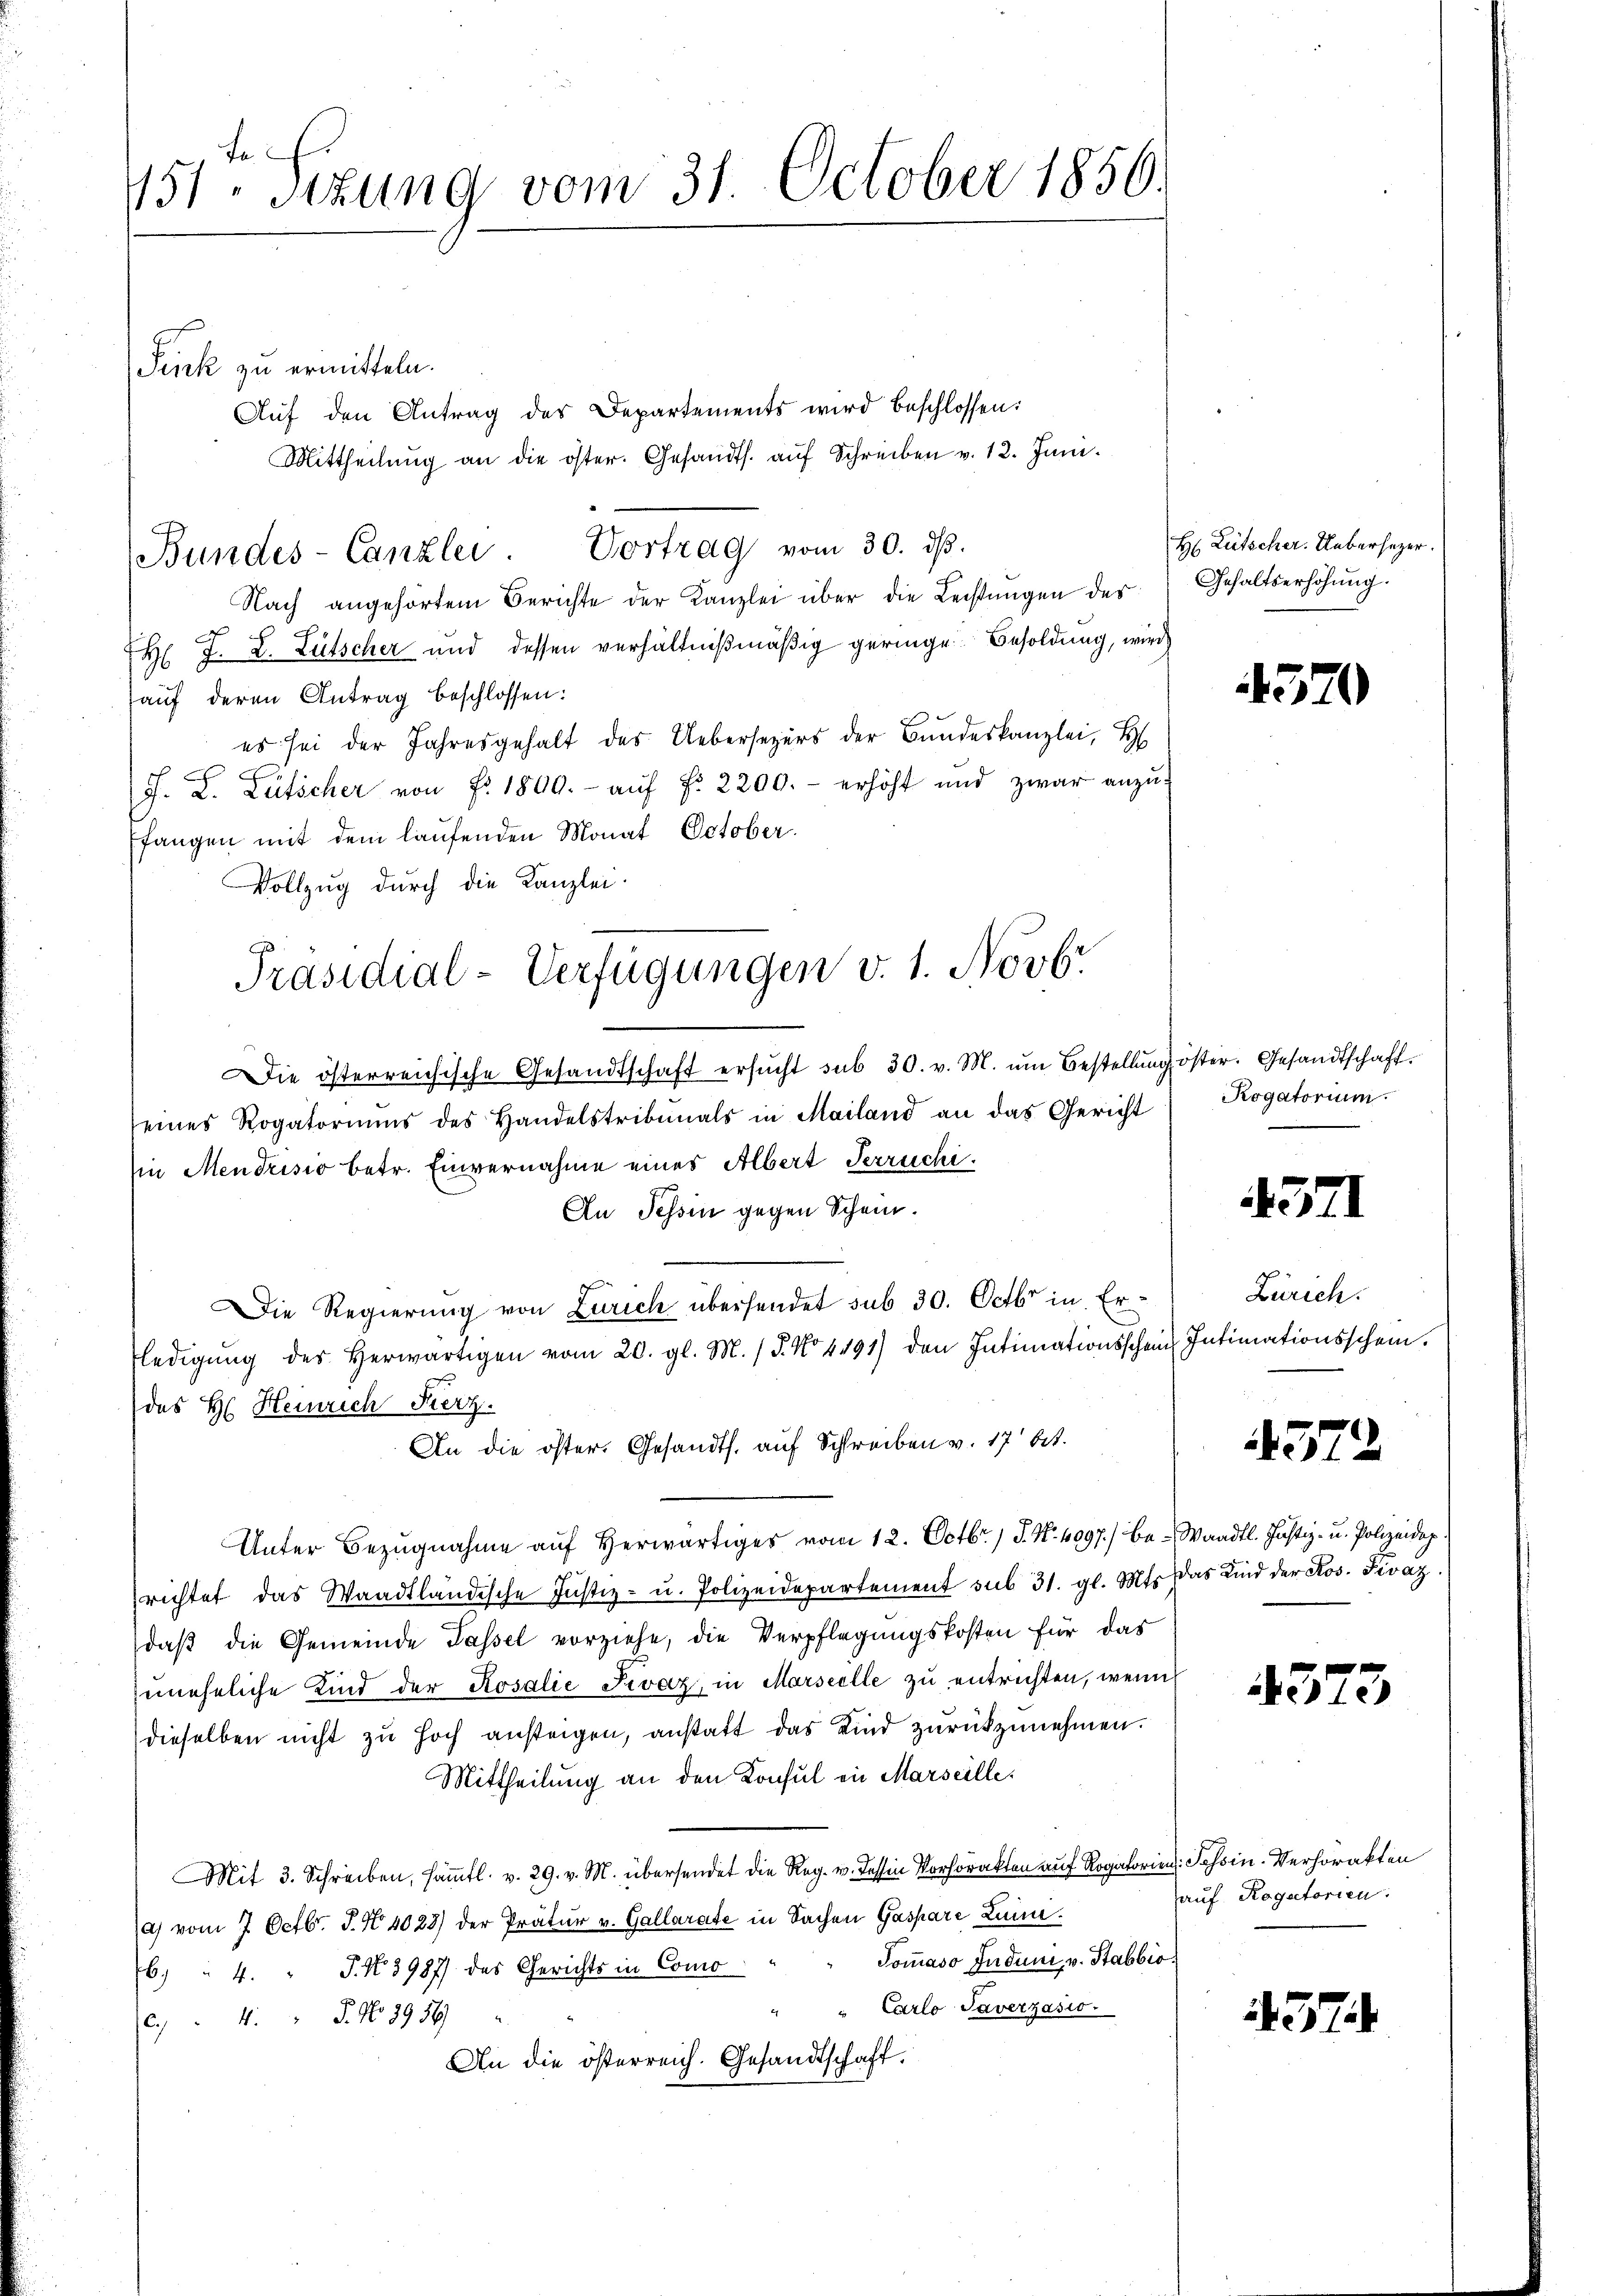
te
751. Sitzung vom 31. October 1850.

Fink zu ermitteln.
Aŭf den Antrag des Departements wird beschlossen:
Mittheilŭng an die öster. Gesandts. aŭf Schreiben v. 12. Juni.
Nach angehörtem Berichte der Kanzlei über die Leistungen des
H. F. L. Lütscher und dessen verhältnißmäßig geringe Besoldung, wird
auf deren Antrag beschlossen:
es sei der Jahresgehalt des Uebersezers der Bŭndeskanzlei, H
F. L. Lüticher von Fr. 1800.- aŭf fr. 2200.- erhöht und zwar anzŭ-
fangen mit dem laufenden Monat October.
Vollzug durch die Kanzlei.
Die österreichische Gesandtschaft ersŭcht sub 30. v. M. ŭm Bestellŭng öster. Gesandtschaft.
seines Rogatoriums des Handelstribunals in Mailand an das Gericht
in Mendrisio betr. Einvernahme eines Albert Terrichi¬
An Tessin gegen Schein.
Die Regierung von Zürich übersendet sub 30. Octbr in Erledigŭng des herwärtigen vom 20. gl. M. / 5. No 1491) den Intimationsschein Intimationsschein.
des H. Heinrich Fierz
An die öster. Gesandts. auf Schreiben v. 17 bet
Unter Bezugnahme auf Herwärtiges vom 12. Octbr., S. Nr. 4097.) berichtet das Waadtländische Justiz- u. Polizeidepartement sub 31. gl. Mts. das Kind der Los. Piváz.
daß die Gemeinde Tassel vorziehe, die Verpflegungskosten für das
uneheliche Kind der Rosalie Fivaz, in Marseelle zu entrichten, wenn
dieselben nicht zŭ hoch ansteigen, anstatt das Kind zurückzunehmen.
Mittheilung an den Konsul in Marseille.
Mit 3. Schreiben, sämtl. v. 29. v. M. übersendet die Reg. v. dessen Vorhorakten auf Rogatorien
e) vom 7. Octbr. J. N. 4023) der Pratur v. Gallarate in Sachen Gaspare Leim¬
Tommaso Induni, v. Stabbio
6. " 4. P. Nr. 3987) des Gerichts in Como
" Carlo Taverzasio.
6. 4. " J. No 7956
An die österreich. Gesandtschaft.

Bundes-Canzlei. Vortrag vom 30. dβ.

Präsidial-Verfügungen v. 1. Novbr.

H Lütscher. Uebersezer.
Gehaltserhöhung.

4570

Rogatorium

4371

Zürich.

4372

Waadt. Justiz- u. Polizeideg

4373

Tessin-Verhörakten
auf Rogatorien.

437.